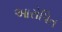
આરોપિત